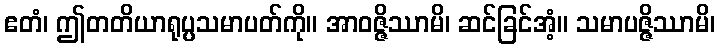
ဧတံ၊ ဤတတိယာရုပ္ပသမာပတ်ကို။ အာဝဇ္ဇိဿာမိ၊ ဆင်ခြင်အံ့။ သမာပဇ္ဇိဿာမိ၊